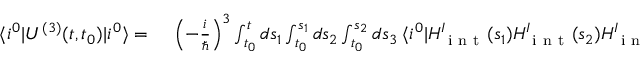
\begin{array} { r l } { \langle i ^ { 0 } \lvert U ^ { ( 3 ) } ( t , t _ { 0 } ) \lvert i ^ { 0 } \rangle = } & { { } \: \left( - \frac { i } { \hbar } \right) ^ { 3 } \int _ { t _ { 0 } } ^ { t } d s _ { 1 } \int _ { t _ { 0 } } ^ { s _ { 1 } } d s _ { 2 } \int _ { t _ { 0 } } ^ { s _ { 2 } } d s _ { 3 } \: \langle i ^ { 0 } \lvert H _ { \mathrm { ~ i ~ n ~ t ~ } } ^ { I } ( s _ { 1 } ) H _ { \mathrm { ~ i ~ n ~ t ~ } } ^ { I } ( s _ { 2 } ) H _ { \mathrm { ~ i ~ n ~ t ~ } } ^ { I } ( s _ { 3 } ) \lvert i ^ { 0 } \rangle } \end{array}